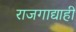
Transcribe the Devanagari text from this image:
राजगाद्याही